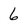
Character: 6